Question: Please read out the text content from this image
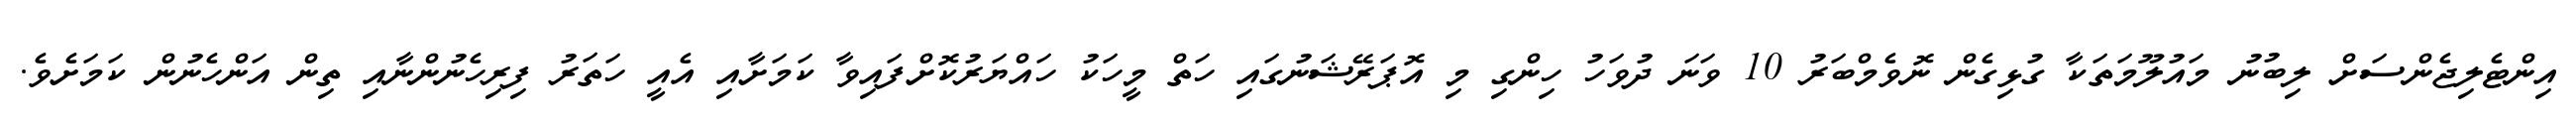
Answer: އިންޓެލިޖެންސަށް ލިބުނު މައުލޫމަތަކާ ގުޅިގެން ނޮވެމްބަރު 10 ވަނަ ދުވަހު ހިންގި މި އޮޕަރޭޝަނުގައި ހަތް މީހަކު ހައްޔަރުކޮށްފައިވާ ކަމަށާއި އެއީ ހަތަރު ފިރިހެނުންނާއި ތިން އަންހެނުން ކަމަށެވެ.